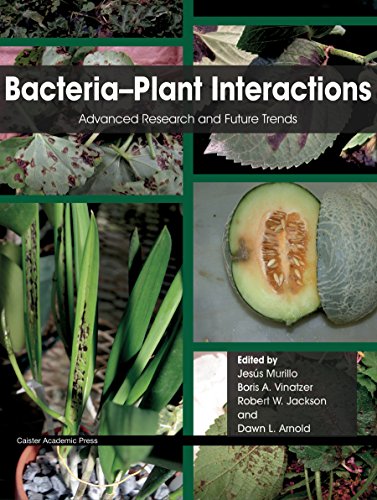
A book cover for Bacteria-Plant Interactions: Advanced Research and Future Trends; Medical Books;